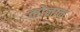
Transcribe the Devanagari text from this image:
कोनाक